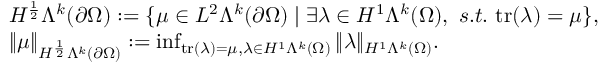
\begin{array} { r l } & { H ^ { \frac { 1 } { 2 } } \Lambda ^ { k } ( \partial \Omega ) : = \{ \mu \in L ^ { 2 } \Lambda ^ { k } ( \partial \Omega ) \mid \exists \lambda \in H ^ { 1 } \Lambda ^ { k } ( \Omega ) , \ s . t . \ \mathrm { t r } ( \lambda ) = \mu \} , } \\ & { \Vert \mu \Vert _ { H ^ { \frac { 1 } { 2 } } \Lambda ^ { k } ( \partial \Omega ) } : = \operatorname* { i n f } _ { \mathrm { t r } ( \lambda ) = \mu , \lambda \in H ^ { 1 } \Lambda ^ { k } ( \Omega ) } \Vert \lambda \Vert _ { H ^ { 1 } \Lambda ^ { k } ( \Omega ) } . } \end{array}